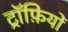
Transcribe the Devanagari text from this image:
ट्रॉफ़ियों